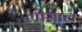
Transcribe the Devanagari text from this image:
लासाल